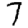
Digit: 7